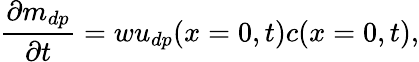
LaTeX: \frac{\partial m_{dp}}{\partial t}=wu_{dp}(x=0,t)c(x=0,t),